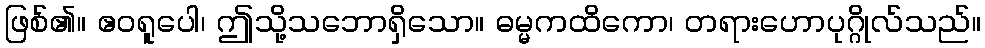
ဖြစ်၏။ ဧဝရူပေါ၊ ဤသို့သဘောရှိသော။ ဓမ္မကထိကော၊ တရားဟောပုဂ္ဂိုလ်သည်။